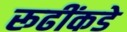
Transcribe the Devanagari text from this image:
रूढींकडे